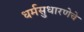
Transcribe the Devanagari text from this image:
धर्मसुधारणेचे